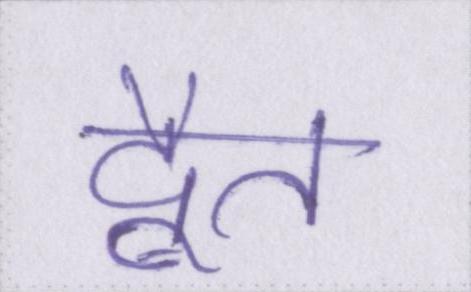
द्वैत